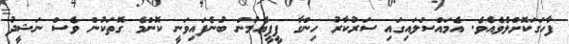
ފާހަގަކޮށްލެވެއެވެ. އެމައްސަލައިގައި ސަރުކާރު ހިންގާ ޕީޕީއެމުން ބުނެފައިވަނީ ކޮންމެ ގޮތަކުން ވެސް ނަޝީދު